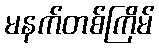
မနက်တစ်ကြိမ်